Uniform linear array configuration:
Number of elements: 64
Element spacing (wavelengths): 0.75
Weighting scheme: exponential
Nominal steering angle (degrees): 45
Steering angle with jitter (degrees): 45.155
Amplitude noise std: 0.05
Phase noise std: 0.05

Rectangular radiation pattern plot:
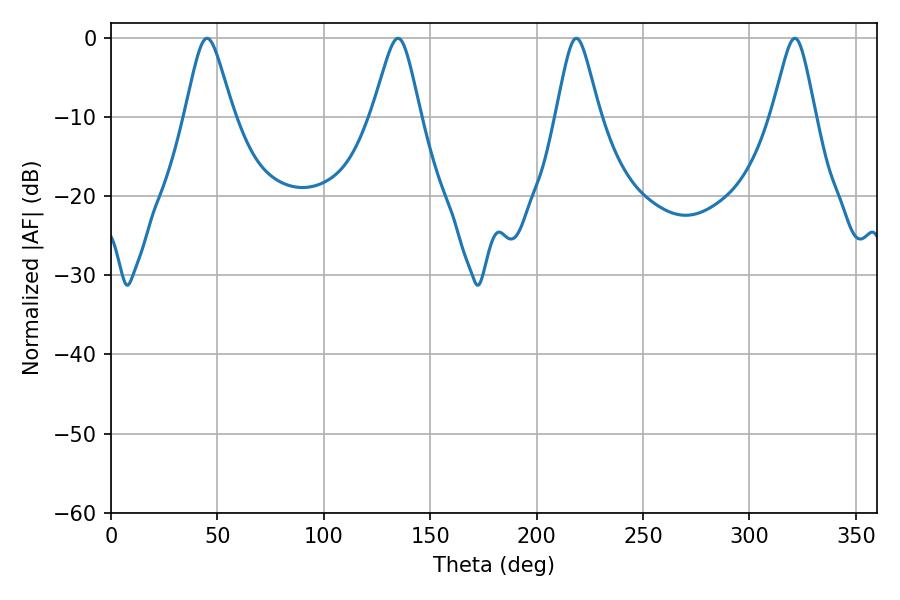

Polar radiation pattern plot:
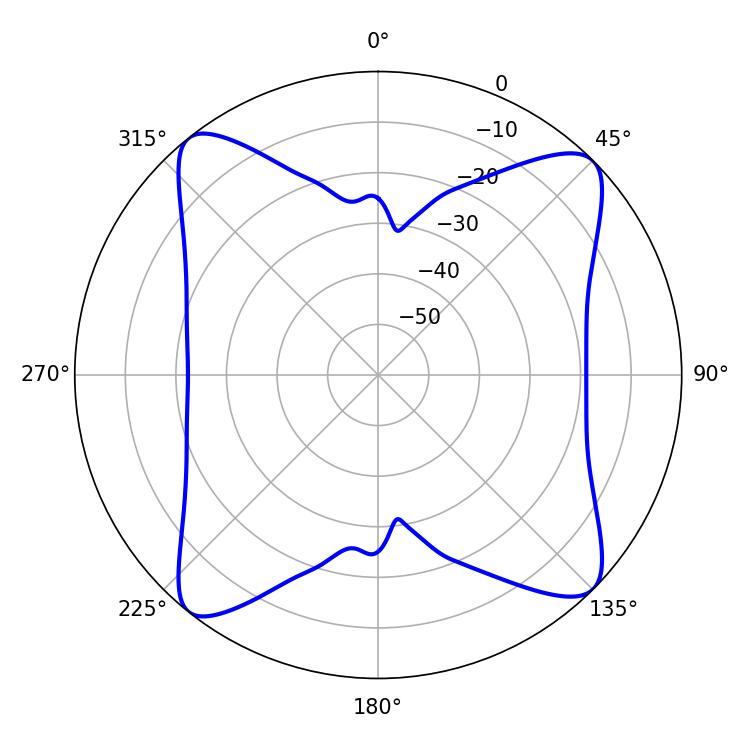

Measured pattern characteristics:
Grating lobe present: TRUE
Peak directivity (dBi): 14.494
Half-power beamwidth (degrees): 9.72
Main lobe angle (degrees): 218.7